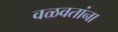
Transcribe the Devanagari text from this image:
वळवतांना